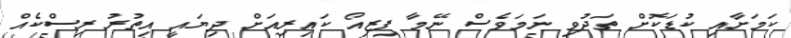
ކަމަށާއި ކުޑަކޮށް ތަދުވި ނަމަވެސް ނޭމާ ފިިޒިއޯ ކައިރިއަށް ދިޔައީ އިތުރު ރިސްކެއް